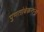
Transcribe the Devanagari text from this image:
पुणतांबेकरांना